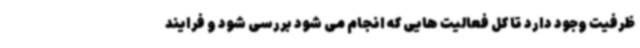
ظرفیت وجود دارد تا کل فعالیت هایی که انجام می شود بررسی شود و فرایند